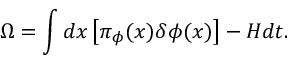
\Omega = \int d x \left[ \pi _ { \phi } ( x ) \delta \phi ( x ) \right] - H d t .